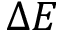
\Delta E